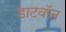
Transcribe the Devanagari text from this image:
डाटवॉन